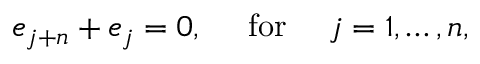
e _ { j + n } + e _ { j } = 0 , \mathrm { \ \ \ ~ f o r ~ \ \ \ } j = 1 , \ldots , n ,